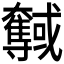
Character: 𡚞